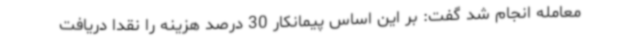
معامله انجام شد گفت: بر این اساس پیمانکار 30 درصد هزینه را نقدا دریافت